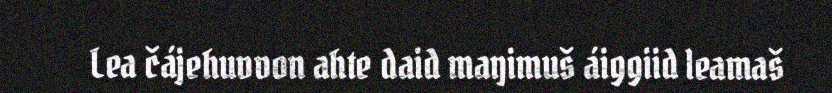
Lea čájehuvvon ahte daid maŋimuš áiggiid leamaš